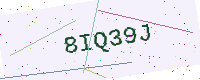
Text: 8IQ39J